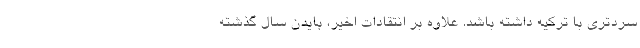
سردتری با ترکیه داشته باشد. علاوه بر انتقادات اخیر، بایدن سال گذشته